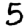
Digit: 5